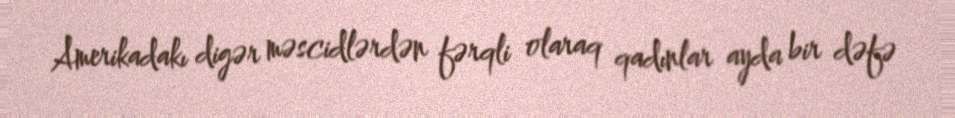
Amerikadakı digər məscidlərdən fərqli olaraq qadınlar ayda bir dəfə